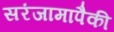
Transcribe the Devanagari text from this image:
सरंजामापैकी